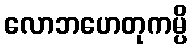
လောဘဟေတုကမ္ပိ